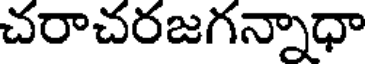
చరాచరజగన్నాధా